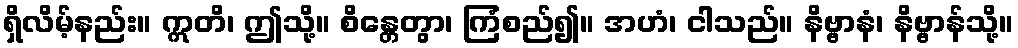
ရှိလိမ့်နည်း။ ဣတိ၊ ဤသို့။ စိန္တေတွာ၊ ကြံစည်၍။ အဟံ၊ ငါသည်။ နိဗ္ဗာနံ၊ နိဗ္ဗာန်သို့။